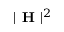
| \textbf { H } | ^ { 2 }